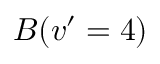
B ( v ^ { \prime } = 4 )